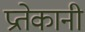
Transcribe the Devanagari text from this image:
प्रतेकानी